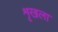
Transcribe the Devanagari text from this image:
शृखला